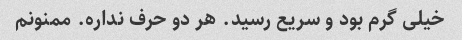
خیلی گرم بود و سریع رسید. هر دو حرف نداره. ممنونم